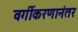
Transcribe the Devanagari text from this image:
वर्गीकरणानंतर